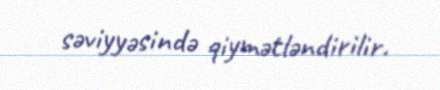
səviyyəsində qiymətləndirilir.